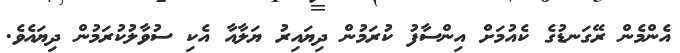
އެންމެން ރޭގަނޑުގެ ކެއުމަށް އިންސާފު ކުރަމުން ދިޔައިރު ޔަލާއާ އެކި ސުވާލުކުރަމުން ދިޔައެވެ.